Madras marine plague regulations
Disease focus: Plague
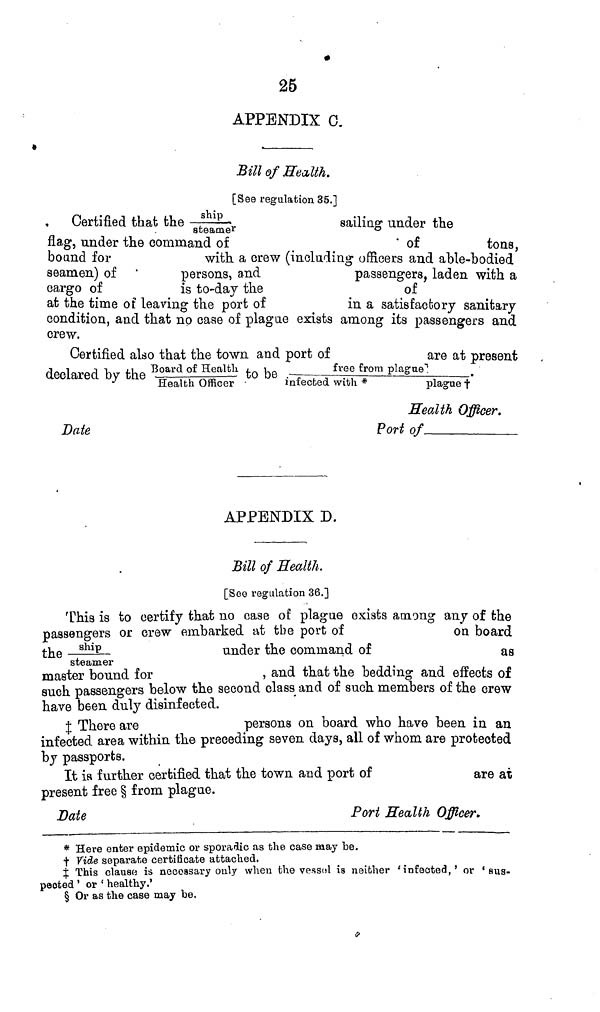
*
25
APPENDIX C.
Bill of Health.
[See regulation 35.]
Certified that the
ship/steamer
sailing under the
flag, under the command of
' of
tons,
bound for
with a crew (including officers and able-bodied
seamen) of '
persons, and
passengers, laden with a
cargo of
is to-day the
of
at the time of leaving the port of
in a satisfactory sanitary
condition, and that no case of plague exists among its passengers and
crew.
Certified also that the town and port of
are at present
declared by the Board of Health/Health officer to be free from plague/infected with * Plague†
Health Officer.
Date
Port of
APPENDIX D.
Bill of Health.
[See regulation 36.]
This is to certify that no case of plague exists among any of the
passengers or crew embarked at the port of
on board
the ship
under the command of
as
steamer
master bound for
, and that the bedding and effects of
such passengers below the second class and of such members of the crew
have been duly disinfected.
‡ There are
persons on board who have been in an
infected area within the preceding seven days, all of whom are protected
by passports.
It is further certified that the town and port of
are at
present free § from plague.
Date
Port Health Officer.
* Here enter epidemic or sporadic as the case may be.
† Vide separate certificate attacked.
‡ This clause is necessary only when the vessel is neither 'infected,' or 'sus-
pected ' or ' healthy.'
§ Or as the case may be.